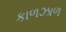
કાળઝાળ